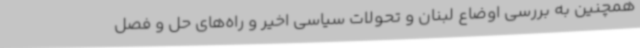
همچنین به بررسی اوضاع لبنان و تحولات سیاسی اخیر و راه‌های حل و فصل